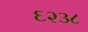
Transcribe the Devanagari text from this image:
६२३८